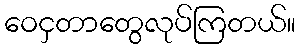
ဝေငှတာတွေလုပ်ကြတယ်။